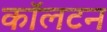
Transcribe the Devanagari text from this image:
काॅलटन